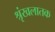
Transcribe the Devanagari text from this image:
श्रृंखलातक